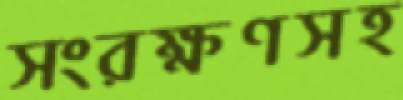
সংরক্ষণসহ